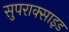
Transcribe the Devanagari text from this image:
सुपराक्साइड